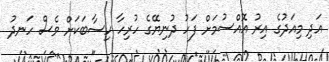
އަދި މިއަދުގެ އިރު އޮއްސުމަށް ފަހު ދުނިޔޭގެ ހުރިހާ ހިސާބަކަށް ވެސް ހަނދު